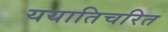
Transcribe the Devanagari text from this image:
ययातिचरित